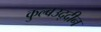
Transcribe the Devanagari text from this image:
कुल्बउद्दीन